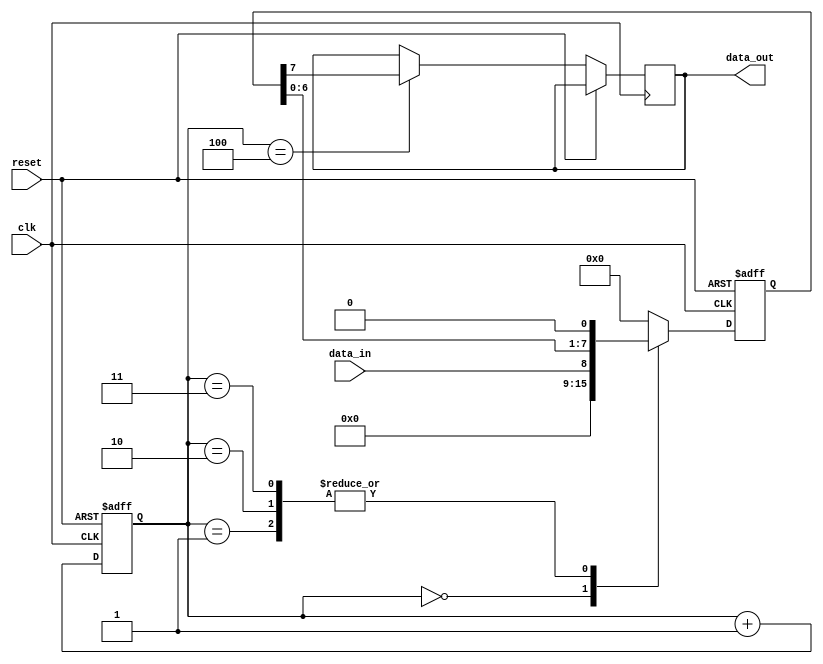
module ethernet_bus_controller (
    input wire clk,
    input wire reset,
    input wire data_in,
    output reg data_out
);

// Timing control and synchronization blocks for Ethernet bus controller

reg [7:0] data_reg;
reg [3:0] count;

always @(posedge clk or posedge reset) begin
    if (reset)
        count <= 4'b0000;
    else
        count <= count + 1;
end

always @(posedge clk or posedge reset) begin
    if (reset)
        data_reg <= 8'b00000000;
    else begin
        case (count)
            0: data_reg <= data_in;
            1: data_reg <= data_reg << 1;
            2: data_reg <= data_reg << 1;
            3: data_reg <= data_reg << 1;
            4: begin
                data_out <= data_reg[7];
                data_reg <= 8'b00000000;
            end
            default: data_reg <= 8'b00000000;
        endcase
    end
end

endmodule